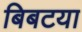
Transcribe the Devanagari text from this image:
बिबटया